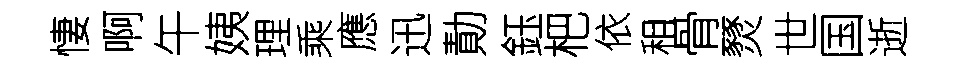
悽啊午姨理乘應迅勣鈺杷依租骨燹世国逝